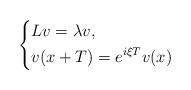
LaTeX: \begin{align*}\left\{\begin{aligned}&Lv=\lambda v,\\&v(x+T)=e^{i\xi T}v(x)\end{aligned}\right.\end{align*}